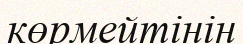
көрмейтінін